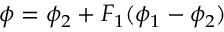
\phi = \phi _ { 2 } + F _ { 1 } ( \phi _ { 1 } - \phi _ { 2 } )